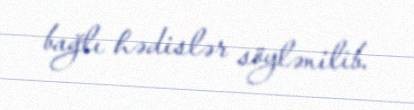
bağlı hədislər söylənilib.